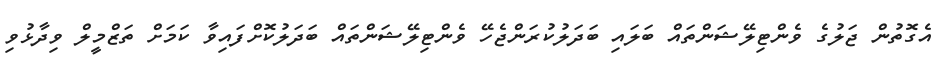
އެގޮތުން ޖަލުގެ ވެންޓިލޭޝަންތައް ބަލައި ބަދަލުކުރަންޖެހޭ ވެންޓިލޭޝަންތައް ބަދަލުކޮށްފައިވާ ކަމަށް ތަޒްމީލް ވިދާޅުވި